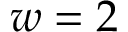
w = 2